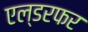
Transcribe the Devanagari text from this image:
एल्डरफर